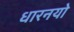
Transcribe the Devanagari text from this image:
धारनयो